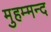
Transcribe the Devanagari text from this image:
मुहम्मन्द